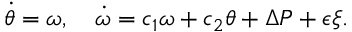
\dot { \theta } = \omega , \quad \dot { \omega } = c _ { 1 } \omega + c _ { 2 } \theta + \Delta P + \epsilon \xi .